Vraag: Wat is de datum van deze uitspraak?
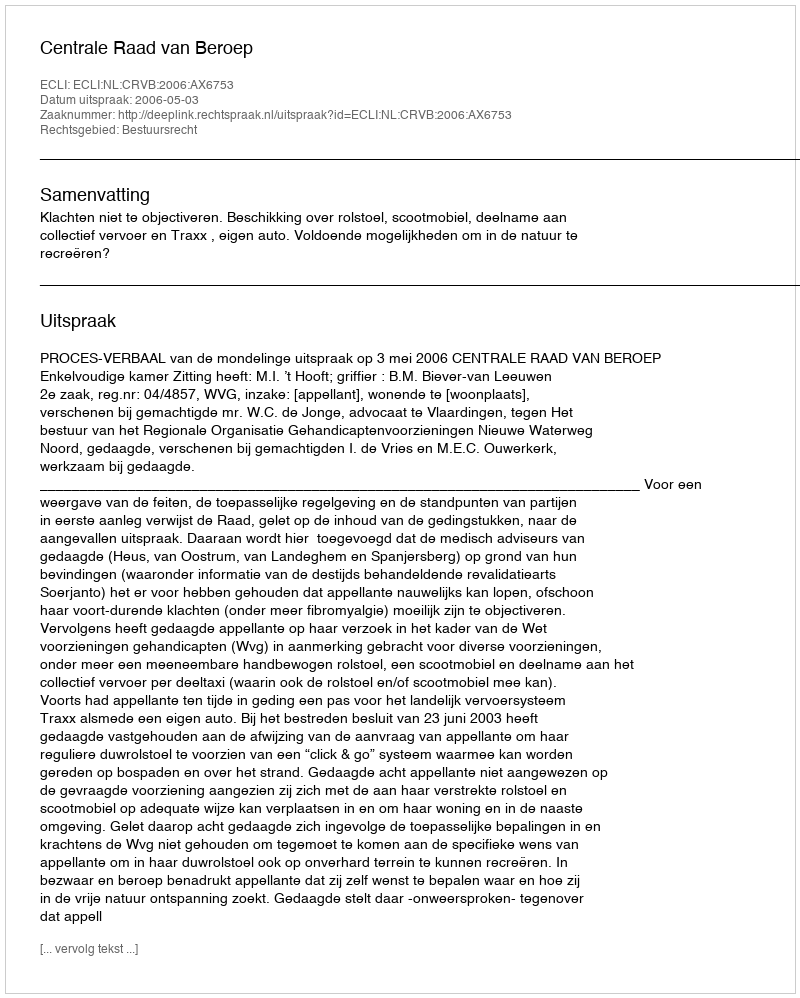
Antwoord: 2006-05-03